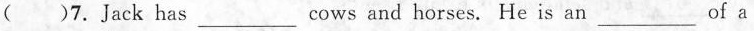
( 7.Jack has_ cows and horses. He is an_ ___of a